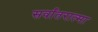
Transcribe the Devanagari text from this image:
सर्वांतरात्मा